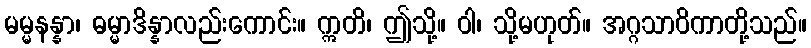
မမ္မနန္နာ၊ ဓမ္မာဒိန္နာလည်းကောင်း။ ဣတိ၊ ဤသို့။ ဝါ၊ သို့မဟုတ်။ အဂ္ဂသာဝိကာတို့သည်။